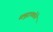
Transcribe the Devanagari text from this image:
समुद्राकडेने